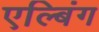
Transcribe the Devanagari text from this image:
एल्बिंग